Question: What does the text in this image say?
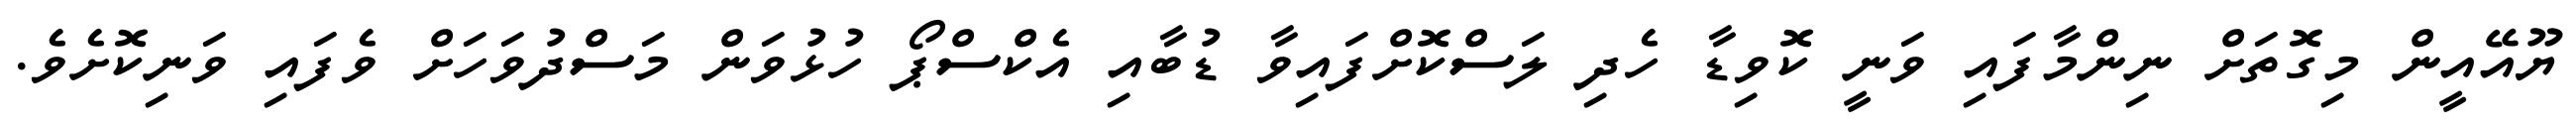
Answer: ޔޫއޭއީން މިގޮތަށް ނިންމާފައި ވަނީ ކޮވިޑާ ހެދި ލަސްކޮށްފައިވާ ޑުބާއި އެކްސްޕޯ ހުޅުވަން މަސްދުވަހަށް ވެފައި ވަނިކޮށެވެ.